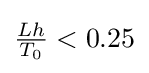
{\textstyle {\frac {Lh}{T_{0}}}<0.25}